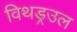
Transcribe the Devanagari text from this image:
विथड्रउल